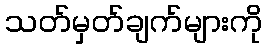
သတ်မှတ်ချက်များကို